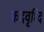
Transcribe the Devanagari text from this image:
कदवृध्दि